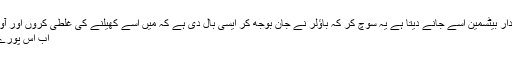
جب بھی وائیڈ بال آئے گی تو سمجھدار بیٹسمین اسے جانے دیتا ہے یہ سوچ کر کہ باؤلر نے جان بوجھ کر ایسی بال دی ہے کہ میں اسے کھیلنے کی غلطی کروں اور آوٹ ہونے کے چانسز زیادہ ہو جائیں.
اب اس پورے گیم کو ذرا اپنی لائف میں لے آئیں!